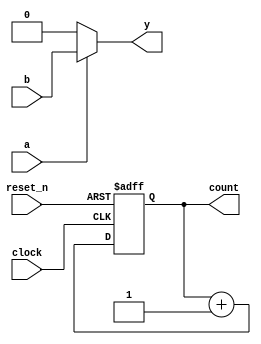
module example_module (
    input wire a,            // Input signal a
    input wire b,            // Input signal b
    input wire clock,        // Clock signal
    input wire reset_n,      // Active low reset
    output reg y,            // Output signal y
    output reg [3:0] count   // 4-bit counter output
);

    // Combinational logic: Multiplexer behavior
    always @* begin
        if (a) begin
            y = b;           // If a is high, output b
        end else begin
            y = 1'b0;        // Otherwise, output 0
        end
    end

    // Sequential logic: 4-bit counter with active low reset
    always @(posedge clock or negedge reset_n) begin
        if (!reset_n) begin
            count <= 4'b0000; // Reset count to 0
        end else begin
            count <= count + 1; // Increment count on each clock edge
        end
    end

endmodule